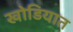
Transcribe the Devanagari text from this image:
खोडियात